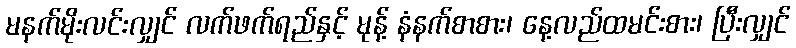
မနက်မိုးလင်းလျှင် လက်ဖက်ရည်နှင့် မုန့် နံနက်စာစား၊ နေ့လည်ထမင်းစား၊ ပြီးလျှင်